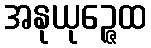
အနုယုဉ္ဇေထ